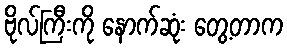
ဗိုလ်ကြီးကို နောက်ဆုံး တွေ့တာက